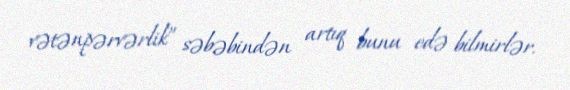
vətənpərvərlik” səbəbindən artıq bunu edə bilmirlər.